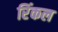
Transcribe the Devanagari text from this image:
रिंकल